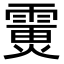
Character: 𩄪